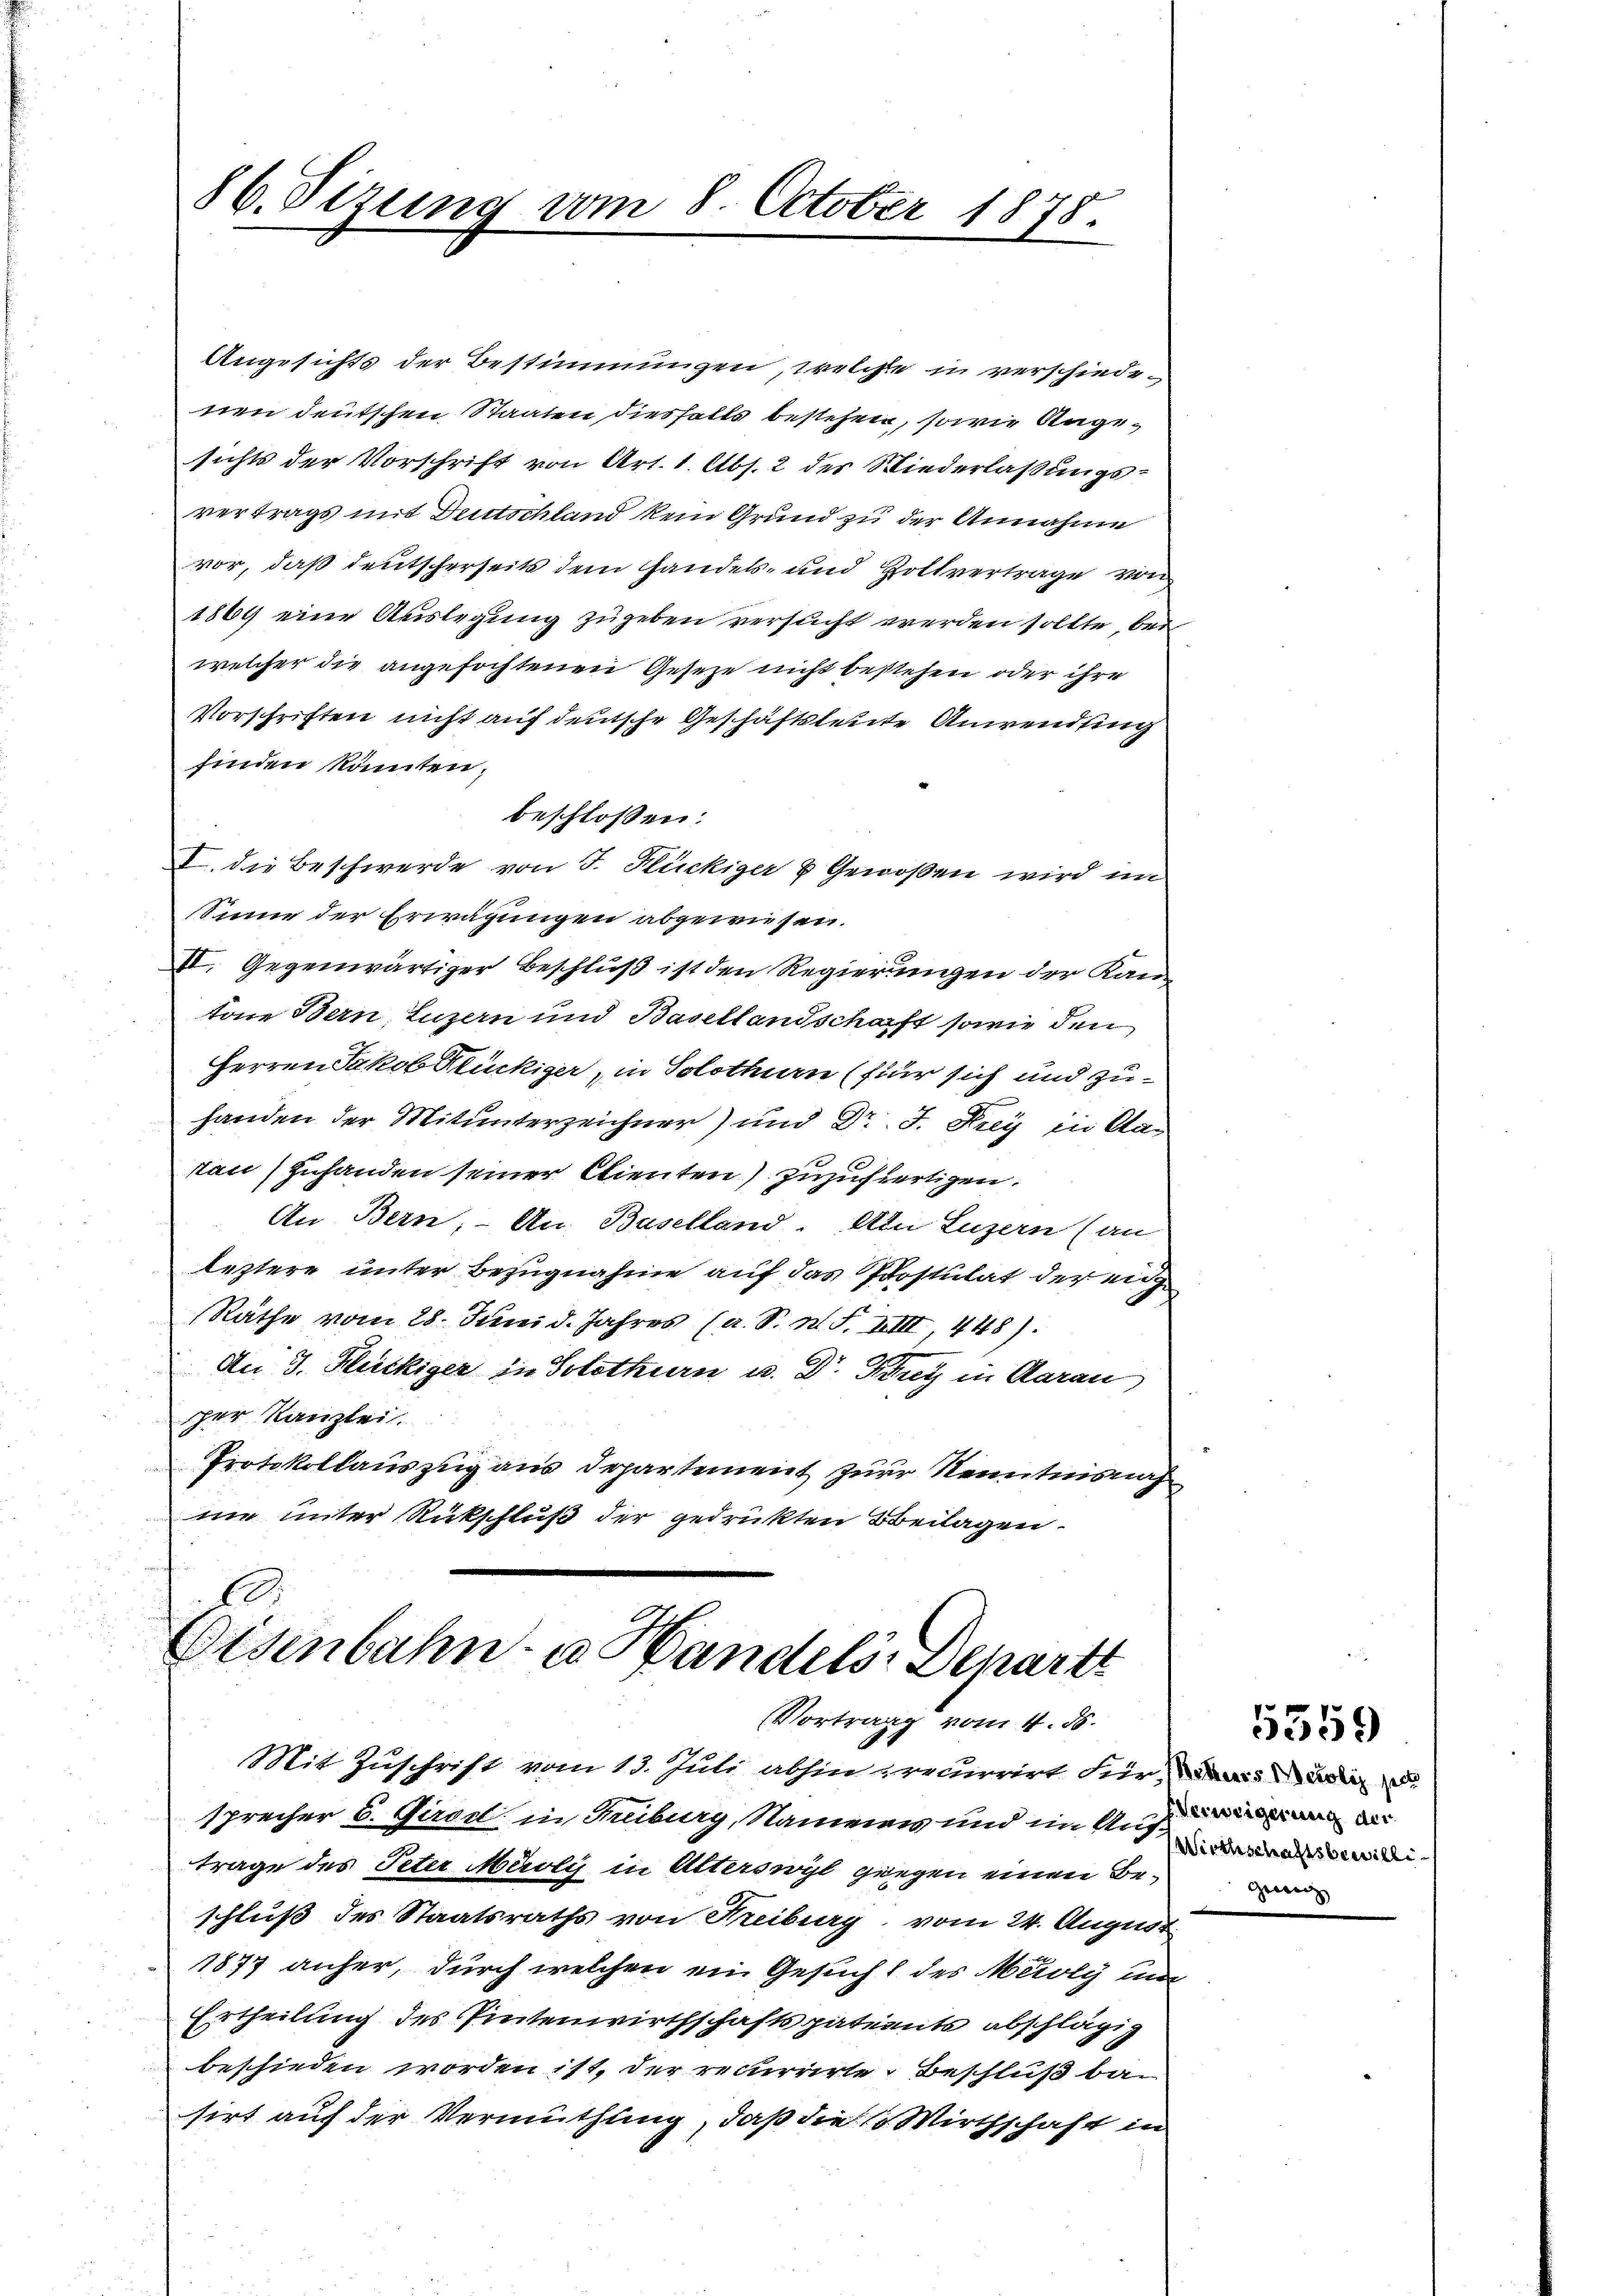
86. Sizung vom 8. October 1878.

Angesichts der Bestimmungen, welche in verschiedenen deutschen Staaten diesfalls bestehen, sowie Angesichts der Vorschrift von Art. 1. Abs. 2 des Niederlaßungsvertrags mit Deutschland kein Grund zu der Annahme
vor, daß deutscherseits dem handels- und Hollvertrage von
1869 eine Auslegung zugeben versucht werden sollte, bei
welcher die angefochtenen Geseze nicht bestehen oder ihre
Vorschriften nicht auf deutsche Geschäftsleute Anwending
finden könnten.
beschlossen:
I. die Beschwerde von J. Hückiger & Genoßen wird im
Sinne der Erwägungen abgewiesen.
II. Gegenwärtiger Beschluß ist den Regierungen der Kantone Bern, Luzern und Basellandschaft sowie den
Herren Jakob Klückiger in Solothurn (für sich und zuhanden der Mitunterzeichner) und Dr. J. Krey in Cas
tau) zuhanden seiner Clienten) zuzufertigen.
An Bern, – An Baselland. An Luzern (an
leztere unter Bezugnahme auf das Postulat der ein
Räthe vom 28. Juni d. Jahres (a. S. N. F. XIII, 448).
An 3. Fleckiger in Solothurn u. Dr. Krey in Aarau
per Kanzlei.
Protokollauszug aus Departement zur Kenntnisnah
ne unter Rückschluß der gedruckten Beilagen.

Eisenbahn- u Bandels-Denartt
Vortrag vom 4. d.
Mit Zuschrift vom 13. Juli abhin recurrirt für darina

sprecher 6. Girod. in Freiburg, Namens und in Auch der
trage des Peter Meoli in Alterswyl gegen einen Beschluß des Staatsraths von Freiburg, vom 24. August
1877 anher, durch welchen ein Gesucht des Meily und
Ertheilung des Pintenwirthschaftspatents abschlägig
beschieden worden ist, der recurrirte Beschluß basirt auf der Vermuthung, daß die 1. Wirthschaft in

Wirthschaftsbewilli¬

5359